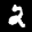
Label: 2